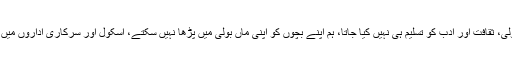
پنجاب میں پنجابی بولی، ثقافت اور ادب کو تسلیم ہی نہیں کیا جاتا، ہم اپنے بچوں کو اپنی ماں بولی میں پڑھا نہیں سکتے، اسکول اور سرکاری اداروں میں رائج نہیں کرسکتے۔